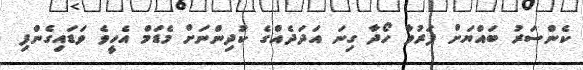
ކެންސަރު ބައްޔަށް ފަރުވާ ހޯދާ ގިނަ އަދަދެއްގެ ކުދިންނަށް މެޑަމް އެހީވެ ވަޑައިގެންފި